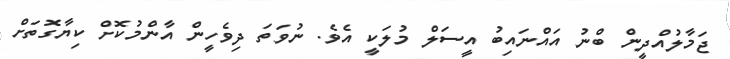
ޖަމާލުއްދީން ބްނު އަައްނައިބު އީސަލް މުލަކީ އެވެ. ނުވަތަ ދިވެހީން އާންމުކޮށް ކިޔާގޮތަށް